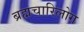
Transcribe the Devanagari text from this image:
ब्रह्मचारिलोग